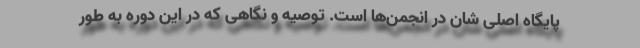
پایگاه اصلی شان در انجمن‌ها است. توصیه و نگاهی که در این دوره به طور